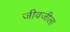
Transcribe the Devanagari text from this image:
जीवजीला